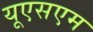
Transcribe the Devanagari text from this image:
यूएसएम